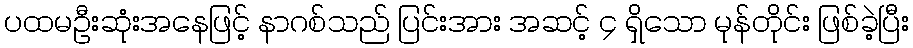
ပထမဦးဆုံးအနေဖြင့် နာဂစ်သည် ပြင်းအား အဆင့် ၄ ရှိသော မုန်တိုင်း ဖြစ်ခဲ့ပြီး